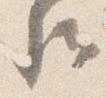
卿